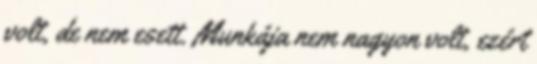
volt, de nem esett. Munkája nem nagyon volt, ezért